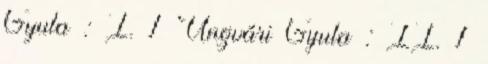
Gyula : I. 1 Ungvári Gyula : II. 1